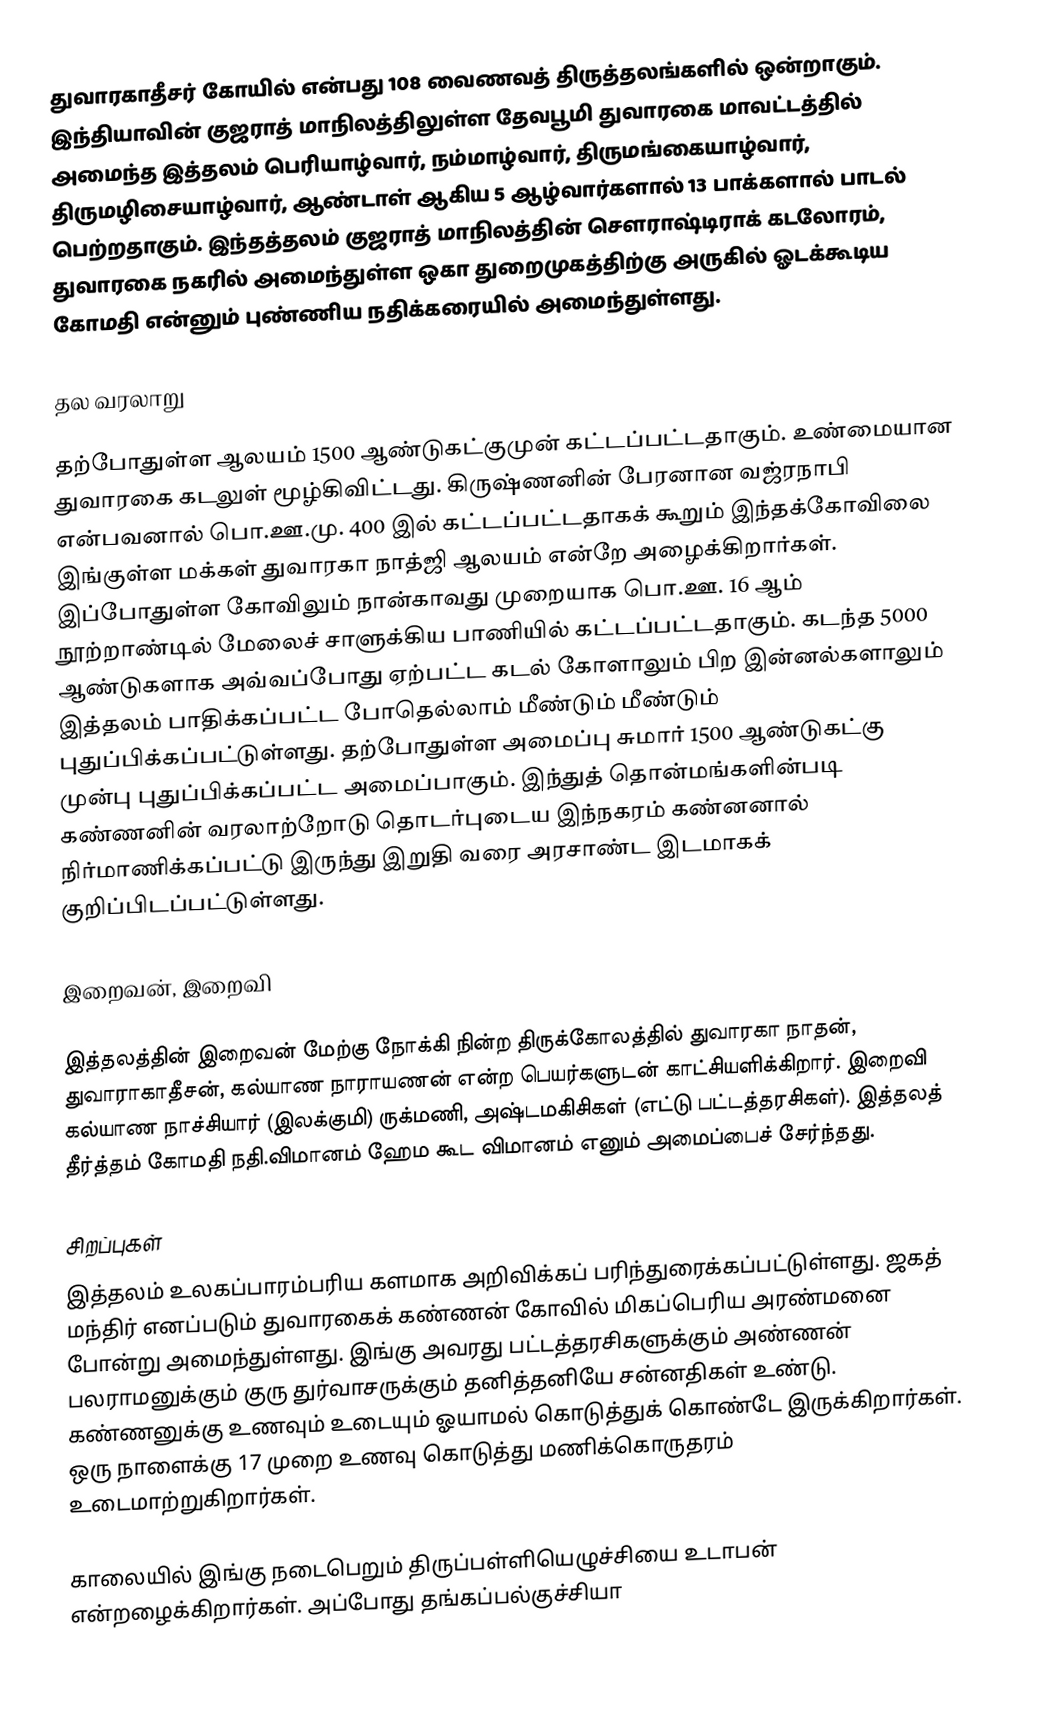
துவாரகாதீசர் கோயில் என்பது 108 வைணவத் திருத்தலங்களில் ஒன்றாகும்.  இந்தியாவின் குஜராத் மாநிலத்திலுள்ள தேவபூமி துவாரகை மாவட்டத்தில் அமைந்த இத்தலம் 	பெரியாழ்வார், நம்மாழ்வார், திருமங்கையாழ்வார், திருமழிசையாழ்வார், ஆண்டாள் ஆகிய 5 ஆழ்வார்களால் 13 பாக்களால் பாடல் பெற்றதாகும். இந்தத்தலம் குஜராத் மாநிலத்தின் சௌராஷ்டிராக் கடலோரம், துவாரகை நகரில் அமைந்துள்ள ஒகா துறைமுகத்திற்கு அருகில் ஓடக்கூடிய கோமதி என்னும் புண்ணிய நதிக்கரையில் அமைந்துள்ளது.

தல வரலாறு

தற்போதுள்ள ஆலயம் 1500 ஆண்டுகட்குமுன் கட்டப்பட்டதாகும். உண்மையான துவாரகை கடலுள் மூழ்கிவிட்டது. கிருஷ்ணனின் பேரனான வஜ்ரநாபி என்பவனால் பொ.ஊ.மு. 400 இல் கட்டப்பட்டதாகக் கூறும்  இந்தக்கோவிலை இங்குள்ள மக்கள் துவாரகா நாத்ஜி ஆலயம் என்றே அழைக்கிறார்கள். இப்போதுள்ள கோவிலும் நான்காவது முறையாக பொ.ஊ. 16 ஆம் நூற்றாண்டில் மேலைச் சாளுக்கிய பாணியில் கட்டப்பட்டதாகும்.  கடந்த 5000 ஆண்டுகளாக அவ்வப்போது ஏற்பட்ட கடல் கோளாலும் பிற இன்னல்களாலும் இத்தலம் பாதிக்கப்பட்ட போதெல்லாம் மீண்டும் மீண்டும் புதுப்பிக்கப்பட்டுள்ளது. தற்போதுள்ள அமைப்பு சுமார் 1500 ஆண்டுகட்கு முன்பு புதுப்பிக்கப்பட்ட அமைப்பாகும். இந்துத் தொன்மங்களின்படி கண்ணனின் வரலாற்றோடு தொடர்புடைய இந்நகரம் கண்னனால் நிர்மாணிக்கப்பட்டு  இருந்து இறுதி வரை அரசாண்ட இடமாகக் குறிப்பிடப்பட்டுள்ளது.

இறைவன், இறைவி

இத்தலத்தின் இறைவன் மேற்கு நோக்கி நின்ற திருக்கோலத்தில்  துவாரகா நாதன், துவாராகாதீசன், கல்யாண நாராயணன் என்ற பெயர்களுடன் காட்சியளிக்கிறார். இறைவி கல்யாண நாச்சியார் (இலக்குமி) ருக்மணி, அஷ்டமகிசிகள் (எட்டு பட்டத்தரசிகள்). இத்தலத் தீர்த்தம் கோமதி நதி.விமானம் ஹேம கூட விமானம் எனும் அமைப்பைச் சேர்ந்தது.

சிறப்புகள்
இத்தலம் உலகப்பாரம்பரிய களமாக அறிவிக்கப் பரிந்துரைக்கப்பட்டுள்ளது. ஜகத் மந்திர் எனப்படும் துவாரகைக் கண்ணன் கோவில் மிகப்பெரிய அரண்மனை போன்று அமைந்துள்ளது. இங்கு அவரது பட்டத்தரசிகளுக்கும் அண்ணன் பலராமனுக்கும் குரு துர்வாசருக்கும் தனித்தனியே சன்னதிகள் உண்டு. கண்ணனுக்கு உணவும் உடையும் ஓயாமல் கொடுத்துக் கொண்டே இருக்கிறார்கள். ஒரு நாளைக்கு 17 முறை உணவு கொடுத்து மணிக்கொருதரம் உடைமாற்றுகிறார்கள்.

காலையில் இங்கு நடைபெறும் திருப்பள்ளியெழுச்சியை உடாபன் என்றழைக்கிறார்கள். அப்போது தங்கப்பல்குச்சியா